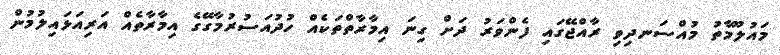
މައުލޫމާތު މުއްސަނދިވި ރާއްޖޭގައި ފެންވަރު ދަށް ގިނަ އިމާރާތްތަކެއް ހުދުއަސުރުމާގޭގެ އިމާރާތެއް އަރިއަޅައިލުމުން